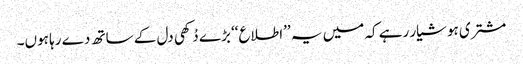
مشتری ہوشیار رہے کہ میں یہ ’’اطلاع‘‘ بڑے دُکھی دل کے ساتھ دے رہا ہوں۔